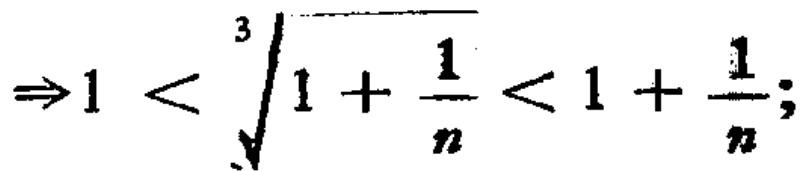
\(\Rightarrow 1 < \sqrt[3]{1 + \frac{1}{n}} < 1 + \frac{1}{n};\)